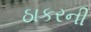
ઠાકરની